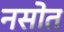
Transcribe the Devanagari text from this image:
नसोत